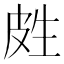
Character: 𰤢